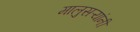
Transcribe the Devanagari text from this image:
मालुसऱ्यांनी